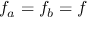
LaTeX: f _ { a } = f _ { b } = f